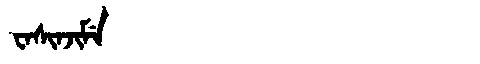
Manchu: ᠸᠠᠰᡳᠨᠵᡳᠮᡝ
Romanization: WASINJIME